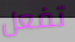
تفعل